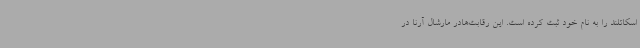
اسکاتلند را به نام خود ثبت کرده است. این رقابت‌هادر مارشال آرنا در